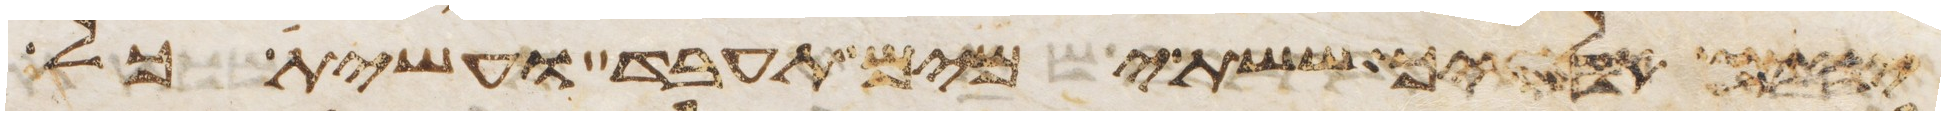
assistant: יהוה אלהיך ששת ימים תעבד ועשית כל